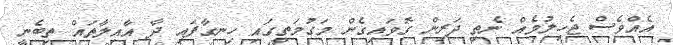
އެއްވެސް ޖެހިލުމެއް ނެތި ދަރިން ގޮވައިގެން މަގުމަތީގައި ހިނގާފައި ދާ އާއިލާތައް ތިބެނީ